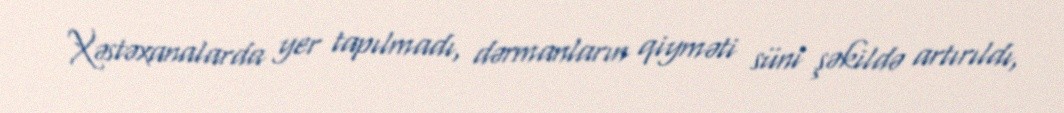
Xəstəxanalarda yer tapılmadı, dərmanların qiyməti süni şəkildə artırıldı,